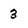
Character: 3